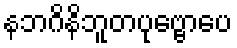
နဘဂိနိဘူတပုဗ္ဗောပေ